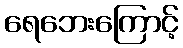
ရေဘေးကြောင့်